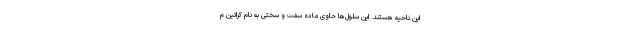
این ناحیه هستند. این سلول‌ها حاوی ماده سفت و سختی به نام کراتین م